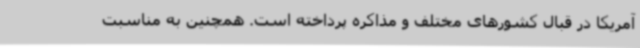
آمریکا در قبال کشورهای مختلف و مذاکره پرداخته است. همچنین به مناسبت